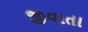
જીવાતા